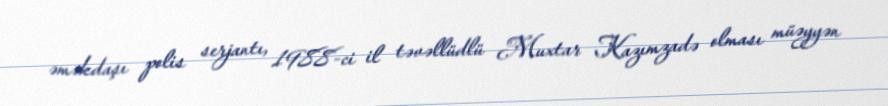
əməkdaşı polis serjantı, 1988-ci il təvəllüdlü Muxtar Kazımzadə olması müəyyən